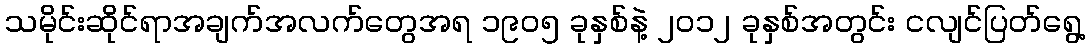
သမိုင်းဆိုင်ရာအချက်အလက်တွေအရ ၁၉၀၅ ခုနှစ်နဲ့ ၂၀၁၂ ခုနှစ်အတွင်း ငလျင်ပြတ်ရွေ့